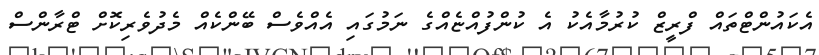
އެކައުންޓްތައް ފްރީޒް ކުރުމާއެކު އެ ކުންފުއްޏެއްގެ ނަމުގައި އެއްވެސް ބޭންކެއް މެދުވެރިކޮށް ޓްރާންސް